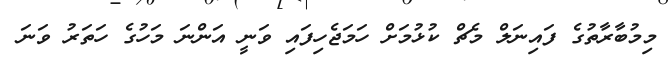
މިމުބާރާތުގެ ފައިނަލް މެޗް ކުޅުމަށް ހަމަޖެހިފައި ވަނީ އަންނަ މަހުގެ ހަތަރު ވަނަ